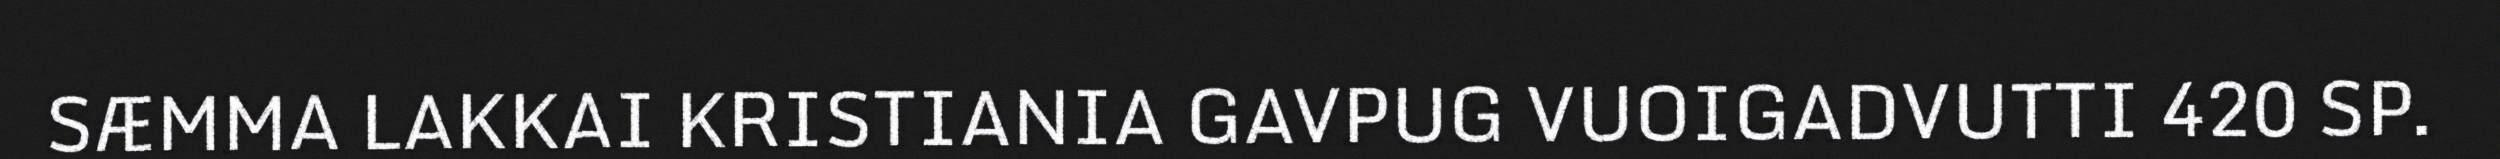
SÆMMA LAKKAI KRISTIANIA GAVPUG VUOIGADVUTTI 420 SP.